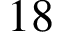
1 8